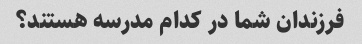
فرزندان شما در کدام مدرسه هستند؟